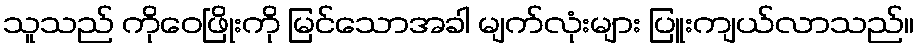
သူသည် ကိုဝေဖြိုးကို မြင်သောအခါ မျက်လုံးများ ပြူးကျယ်လာသည်။